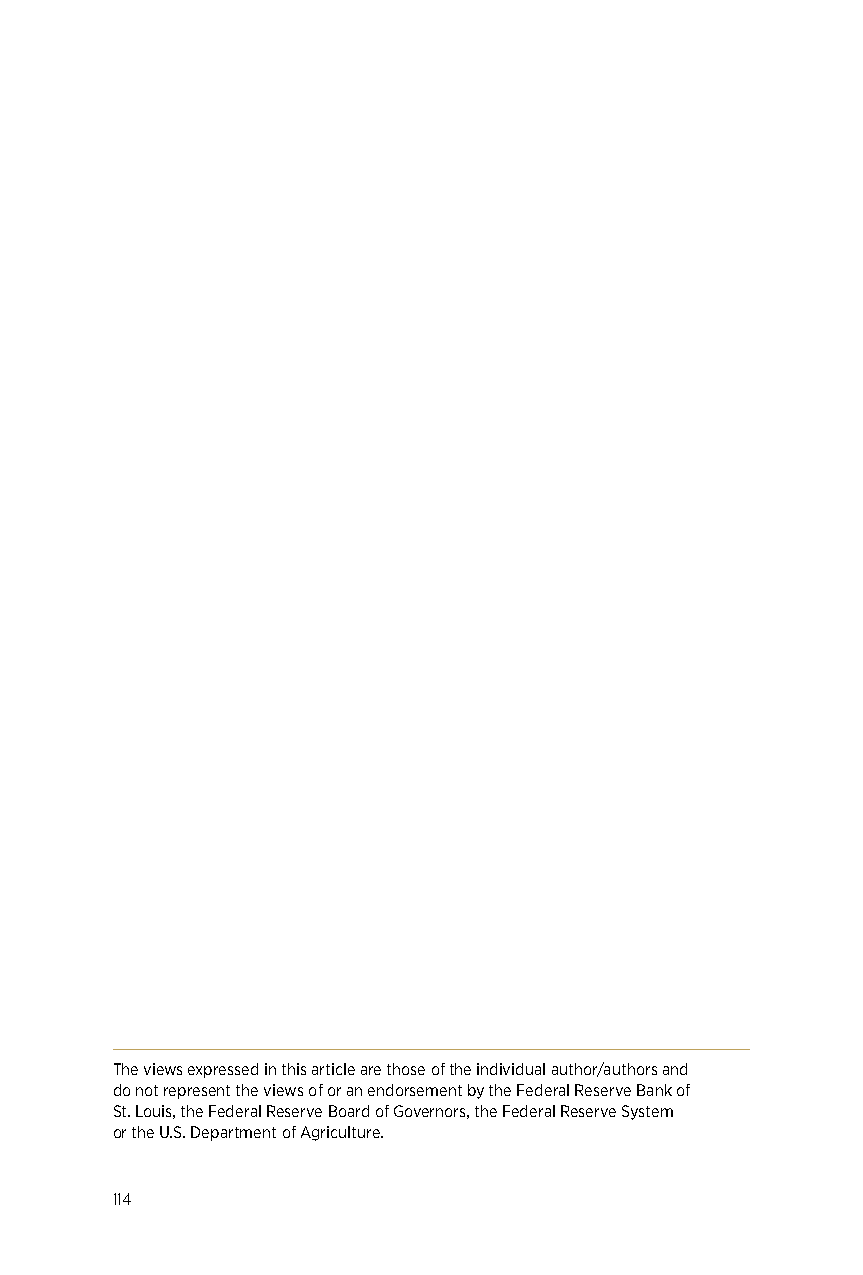
The views expressed in this article are those of the individual author/authors and
 do not represent the views of or an endorsement by the Federal Reserve Bank of
 St. Louis, the Federal Reserve Board of Governors, the Federal Reserve System
 or the U.S. Department of Agriculture.
 114